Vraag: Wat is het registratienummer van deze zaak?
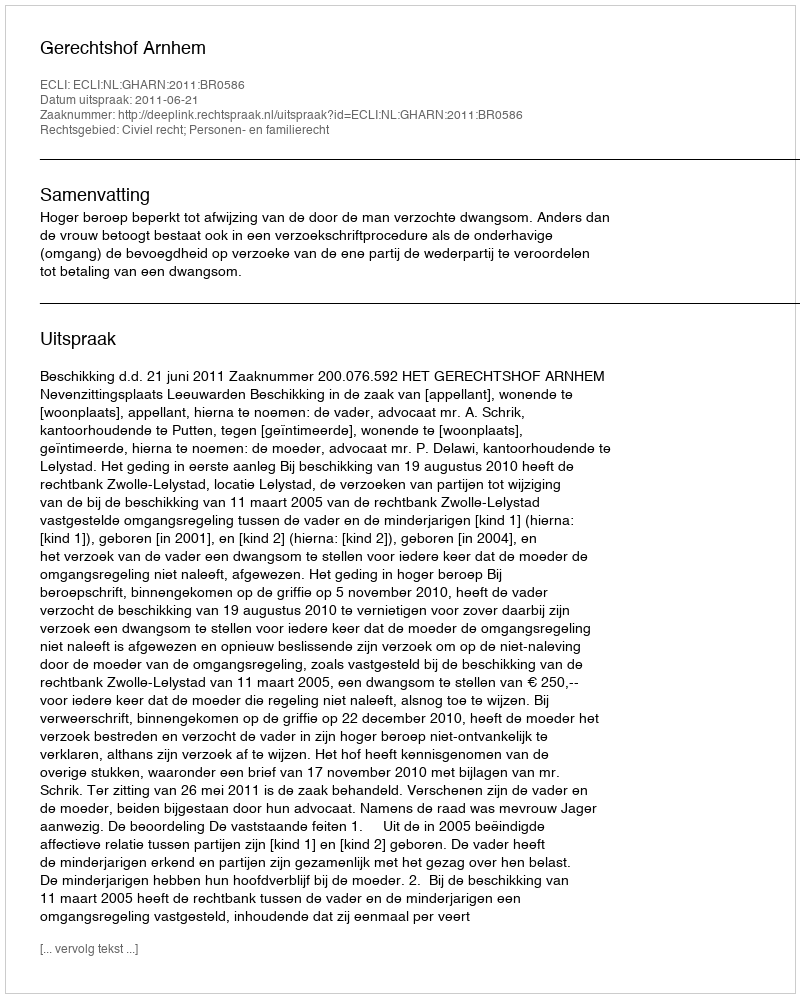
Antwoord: http://deeplink.rechtspraak.nl/uitspraak?id=ECLI:NL:GHARN:2011:BR0586